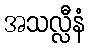
အသလ္လီနံ